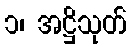
၁၊ အဋ္ဌိသုတ်